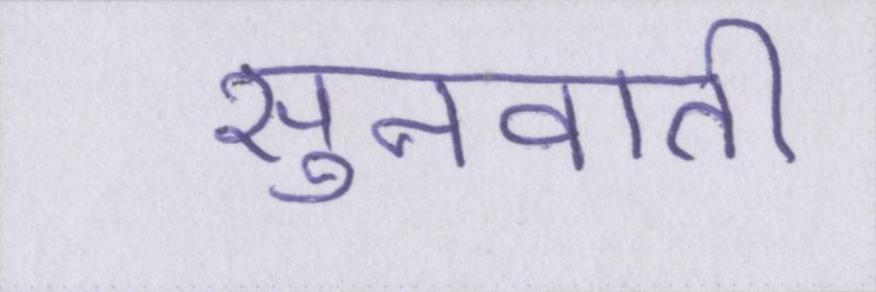
सुनवाती